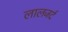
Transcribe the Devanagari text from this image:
लालजर्द